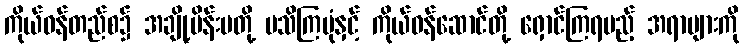
ကိုယ်ဝန်တည်စ၌ အချို့မိန်းမတို့ မသိကြပုံနှင့် ကိုယ်ဝန်ဆောင်တို့ ရှောင်ကြရမည့် အရာများကို